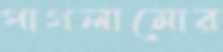
পাগলামোর